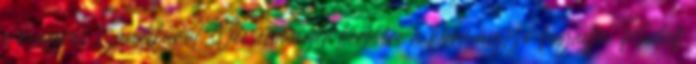
a kiugrás szándékáról. Veesenmayer kérésére a kormányzó fogadja Rudolf